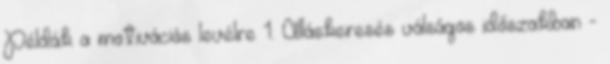
Példák a motivációs levélre 1. Álláskeresés válságos időszakban -